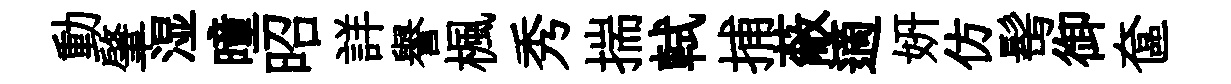
動肇湿曈昭詳譽楓秀揣軾捕蔽適妍仿髩御奩